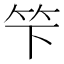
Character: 𥫫